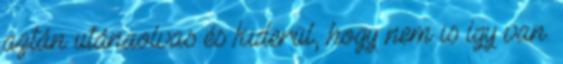
aztán utánaolvas és kiderül, hogy nem is így van.